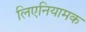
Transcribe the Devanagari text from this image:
लिएनियामक